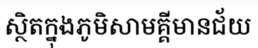
ស្ថិតក្នុងភូមិសាមគ្គីមានជ័យ